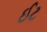
ઈટ